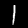
Label: 1